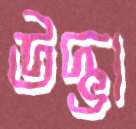
উদ্ভা